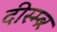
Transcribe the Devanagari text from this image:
दीस्म्ब्र्‍र